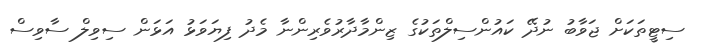
ސިޓީތަކަށް ޖަވާބު ނުދޭ ކައުންސިލްތަކުގެ ޒިންމާދާރުވެރިންނާ މެދު ފިޔަވަޅު އަޅަން ސިވިލް ސާވިސް